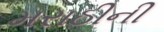
મરાઠીની